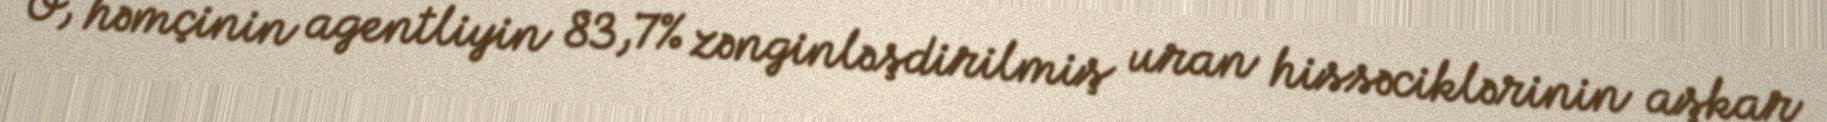
O, həmçinin agentliyin 83,7% zənginləşdirilmiş uran hissəciklərinin aşkar